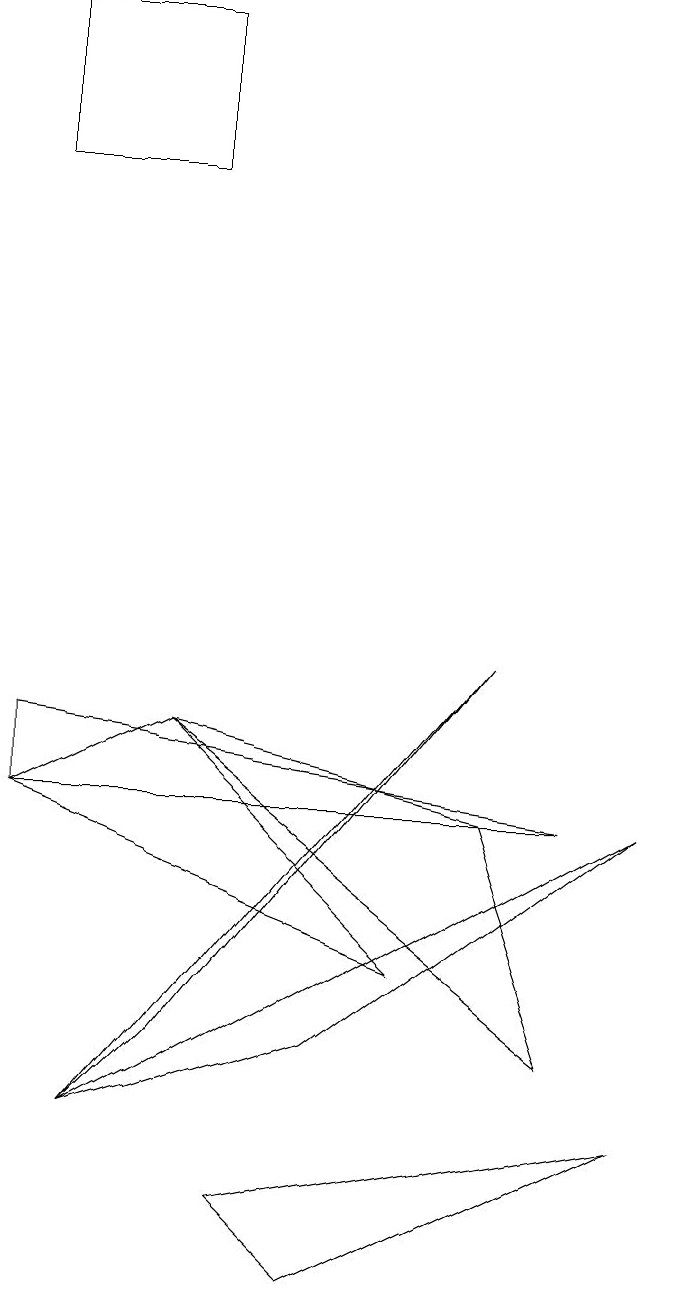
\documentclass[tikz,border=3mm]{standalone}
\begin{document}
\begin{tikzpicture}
\draw (8,2) -- (4,0) -- (3,1) -- cycle;
\draw (8,6) -- (1,2) -- (4,3) -- cycle;
\draw (2,16) rectangle (0,14);
\draw (6,8) -- (1,2) -- (2,3) -- cycle;
\draw (7,3) -- (6,6) -- (2,7) -- cycle;
\draw (0,6) -- (0,7) -- (7,6) -- cycle;
\draw (2,7) -- (0,6) -- (5,4) -- cycle;
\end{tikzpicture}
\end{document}